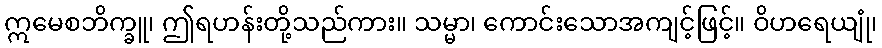
ဣမေစဘိက္ခူ၊ ဤရဟန်းတို့သည်ကား။ သမ္မာ၊ ကောင်းသောအကျင့်ဖြင့်။ ဝိဟရေယျုံ၊